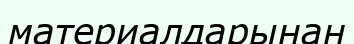
материалдарынан